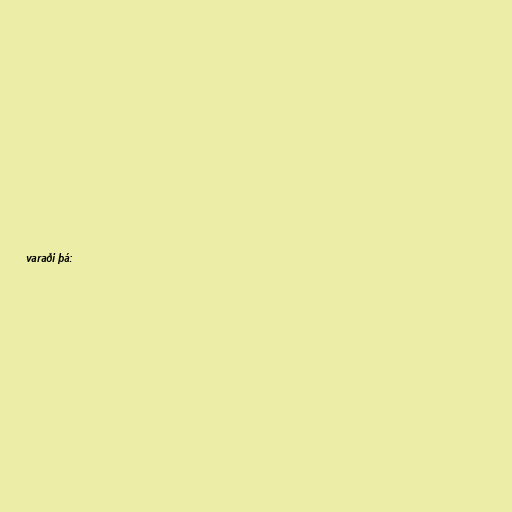
varaði þá: